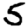
Digit: 5